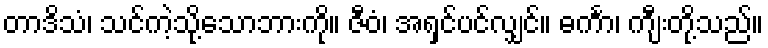
တာဒိသံ၊ သင်ကဲ့သို့သောဘားကို။ ဇီဝံ၊ အရှင်ပင်လျှင်။ ဓင်္ကာ၊ ကျီးတို့သည်။